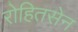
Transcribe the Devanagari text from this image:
रोहितसेन